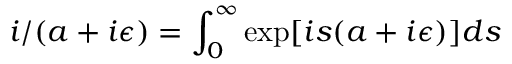
i / ( a + i \epsilon ) = \int _ { 0 } ^ { \infty } \exp [ i s ( a + i \epsilon ) ] d s